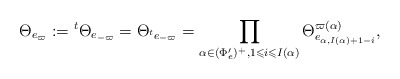
\begin{align*}\Theta_{e_{\varpi}}:={}^{t}\Theta_{e_{-\varpi}}=\Theta_{{}^{t}e_{-\varpi}}=\prod_{\alpha\in(\Phi'_e)^+,1\leqslant i\leqslant I(\alpha)}\Theta_{e_{\alpha,I(\alpha)+1-i}}^{\varpi(\alpha)},\end{align*}